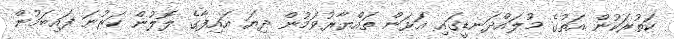
ކަތުރަކުން އަތުގެ މުލައްދަނޑީގައި އަޅަން ތައްޔާރުވަމުން ދިޔަ އައިފާގެ ލޮލުން ކަރުނަ ފައިބަމުން